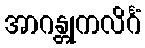
အာဂန္တုကလိင်္ဂံ